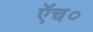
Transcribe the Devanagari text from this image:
एॅच०